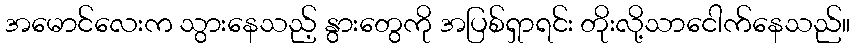
အမောင်လေးက သွားနေသည့် နွားတွေကို အပြစ်ရှာရင်း တိုးလို့သာငေါက်နေသည်။